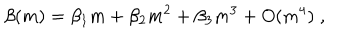
LaTeX: \beta ( m ) = \beta _ { 1 } m + \beta _ { 2 } m ^ { 2 } + \beta _ { 3 } m ^ { 3 } + O ( m ^ { 4 } ) \; ,